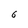
Character: 6